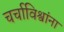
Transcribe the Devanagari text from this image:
चर्चाविश्वांना